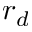
r _ { d }